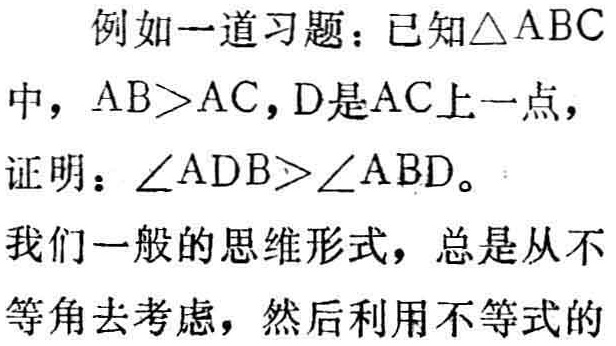
例如一道习题：已知\(\triangle ABC\)中，\(AB>AC\)，\(D\)是\(AC\)上一点，
证明：\(\angle ADB>\angle ABD\)。
我们一般的思维形式，总是从不等角去考虑，然后利用不等式的